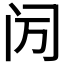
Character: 𬮙